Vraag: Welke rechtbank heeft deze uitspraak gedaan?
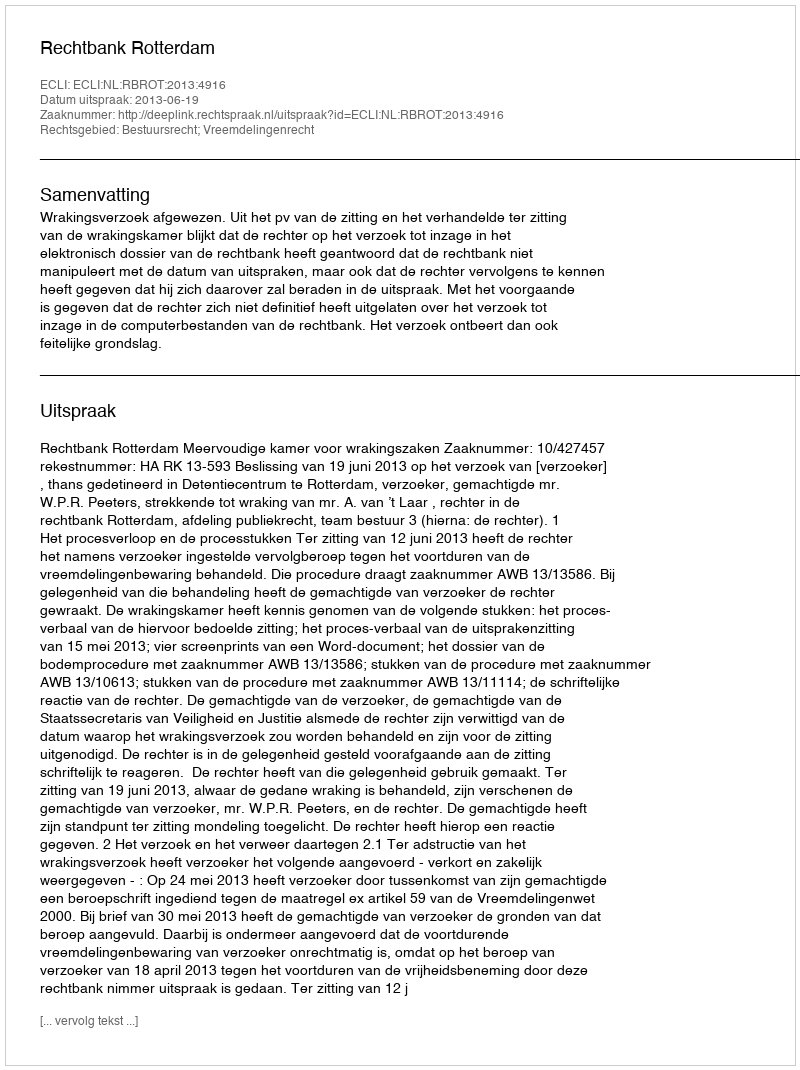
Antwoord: Rechtbank Rotterdam